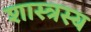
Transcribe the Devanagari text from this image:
शास्त्रस्य